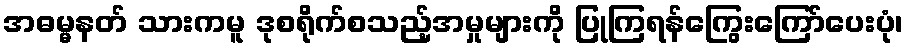
အဓမ္မနတ် သားကမူ ဒုစရိုက်စသည့်အမှုများကို ပြုကြရန်ကြွေးကြော်ပေးပုံ၊